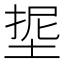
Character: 𭎵